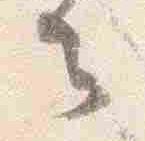
云